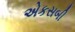
એકસબી